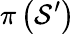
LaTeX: \pi\left(\mathcal{S}^{\prime}\right)